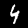
Label: 4